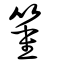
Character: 箽